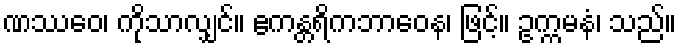
ဏဿေဝ၊ ကိုသာလျှင်။ ဧကန္တရိကဘာဝေန၊ ဖြင့်။ ဥက္ကမနံ၊ သည်။